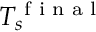
T _ { s } ^ { \textnormal { f i n a l } }